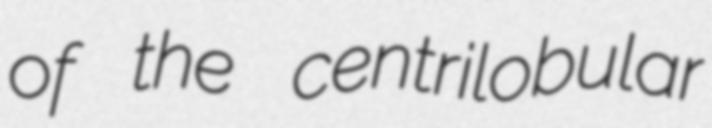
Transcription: of the centrilobular